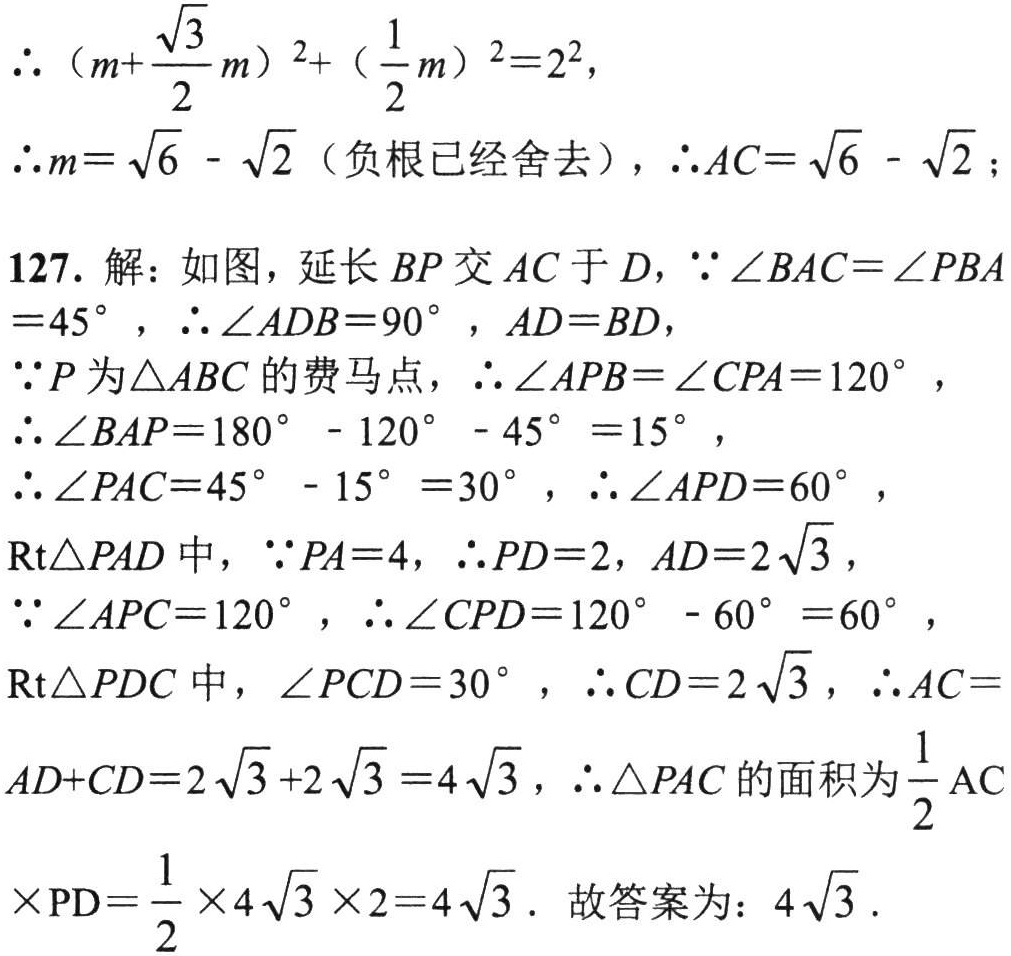
\(\therefore \left(m + \frac{\sqrt{3}}{2}m\right)^{2}+ \left(\frac{1}{2}m\right)^{2}=2^{2}\)，
\(\therefore m = \sqrt{6}-\sqrt{2}\)（负根已经舍去），\(\therefore AC=\sqrt{6}-\sqrt{2}\)；
127. 解：如图，延长 \(BP\) 交 \(AC\) 于 \(D\)，\(\because\angle BAC = \angle PBA=45^{\circ}\)，\(\therefore\angle ADB = 90^{\circ}\)，\(AD = BD\)，
\(\because P\) 为\(\triangle ABC\) 的费马点，\(\therefore\angle APB=\angle CPA = 120^{\circ}\)，
\(\therefore\angle BAP=180^{\circ}-120^{\circ}-45^{\circ}=15^{\circ}\)，
\(\therefore\angle PAC = 45^{\circ}-15^{\circ}=30^{\circ}\)，\(\therefore\angle APD = 60^{\circ}\)，
\(\text{Rt}\triangle PAD\) 中，\(\because PA = 4\)，\(\therefore PD = 2\)，\(AD = 2\sqrt{3}\)，
\(\because\angle APC = 120^{\circ}\)，\(\therefore\angle CPD=120^{\circ}-60^{\circ}=60^{\circ}\)，
\(\text{Rt}\triangle PDC\) 中，\(\angle PCD = 30^{\circ}\)，\(\therefore CD = 2\sqrt{3}\)，\(\therefore AC=AD + CD=2\sqrt{3}+2\sqrt{3}=4\sqrt{3}\)，\(\therefore\triangle PAC\) 的面积为\(\frac{1}{2}\text{AC}\times\text{PD}=\frac{1}{2}\times4\sqrt{3}\times2 = 4\sqrt{3}\). 故答案为：\(4\sqrt{3}\).